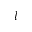
l